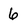
Character: 6